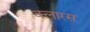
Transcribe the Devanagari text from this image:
क्लारस